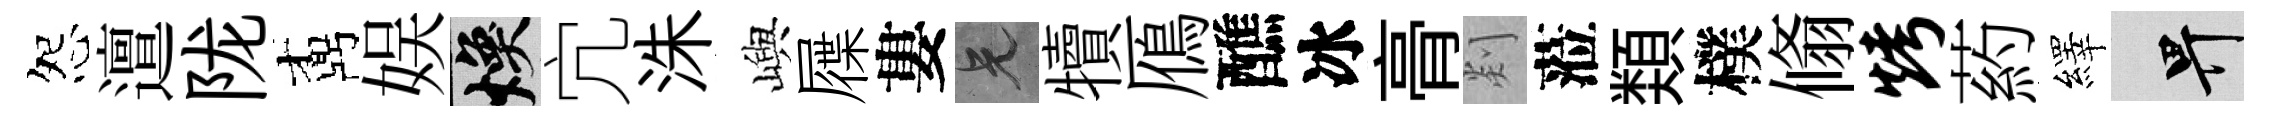
怨邅陇鼒娱焕宂洙嶼屧婁兄犢鴈醮冰𮌔剡蒞𩔖樸翛烤葯繹畀